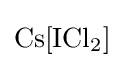
{\mathrm {Cs} [\mathrm {ICl} {\vphantom {A}}_{\smash[{t}]{2}}]}